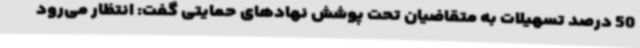
50 درصد تسهیلات به متقاضیان تحت پوشش نهادهای حمایتی گفت: انتظار می‌رود